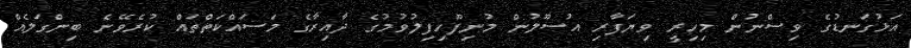
އަޅުގަނޑުގެ ވިސްނުން މިހިރީ ވިޔަފާރި އުސޫލުން މުނިފޫހިފިލުވުމުގެ ދާއިރާގެ މަސައްކަތްތައް ކުރެވޭނެ ބިންގަލެއް